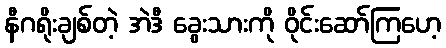
နီဂရိုးချစ်တဲ့ အဲဒီ ခွေးသားကို ဝိုင်းဆော်ကြဟေ့